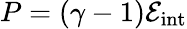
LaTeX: P=(\gamma-1)\mathcal{E}_{\mathrm{int}}